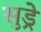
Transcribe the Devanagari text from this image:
सुड्रे